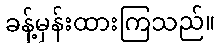
ခန့်မှန်းထားကြသည်။